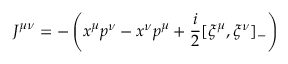
J ^ { \mu \nu } = - \left( x ^ { \mu } p ^ { \nu } - x ^ { \nu } p ^ { \mu } + \frac { i } { 2 } [ \xi ^ { \mu } , \xi ^ { \nu } ] _ { - } \right)